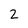
Character: 2